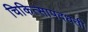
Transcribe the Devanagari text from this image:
चिकित्सापदधती